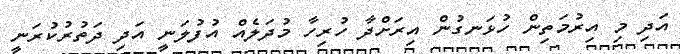
އަދި މި އިރުމަތިން ހުޅަނގުން އިރަށްދާ ހުރިހާ މުދަލެއް އުފުލަނީ އަދި ދަތުރުކުރަނީ